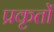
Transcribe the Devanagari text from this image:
प्रकृतों